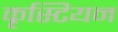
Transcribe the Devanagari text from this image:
कृस्टियन